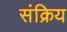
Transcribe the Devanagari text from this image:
संक्रिय